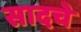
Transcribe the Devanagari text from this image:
सादचे